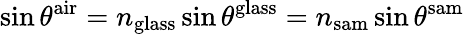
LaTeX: \sin\theta^{\mathrm{air}}=n_{\mathrm{glass}}\sin\theta^{\mathrm{glass}}=n_{\mathrm{sam}}\sin\theta^{\mathrm{sam}}